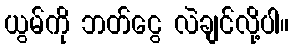
ယွမ်ကို ဘတ်ငွေ လဲချင်လို့ပါ။